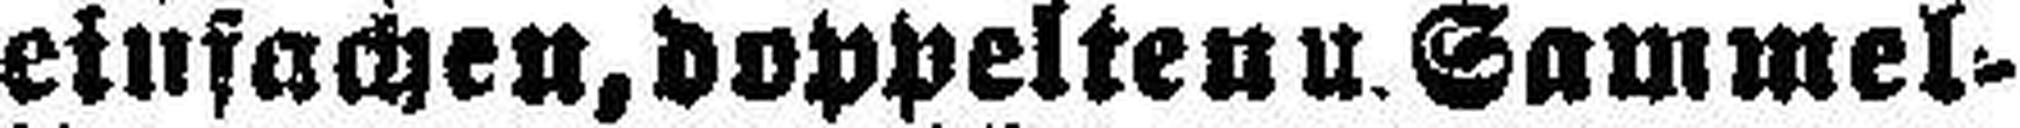
einfachen, doppelten u. Sammel=